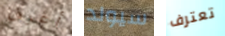
أعرف سيولد تعترف